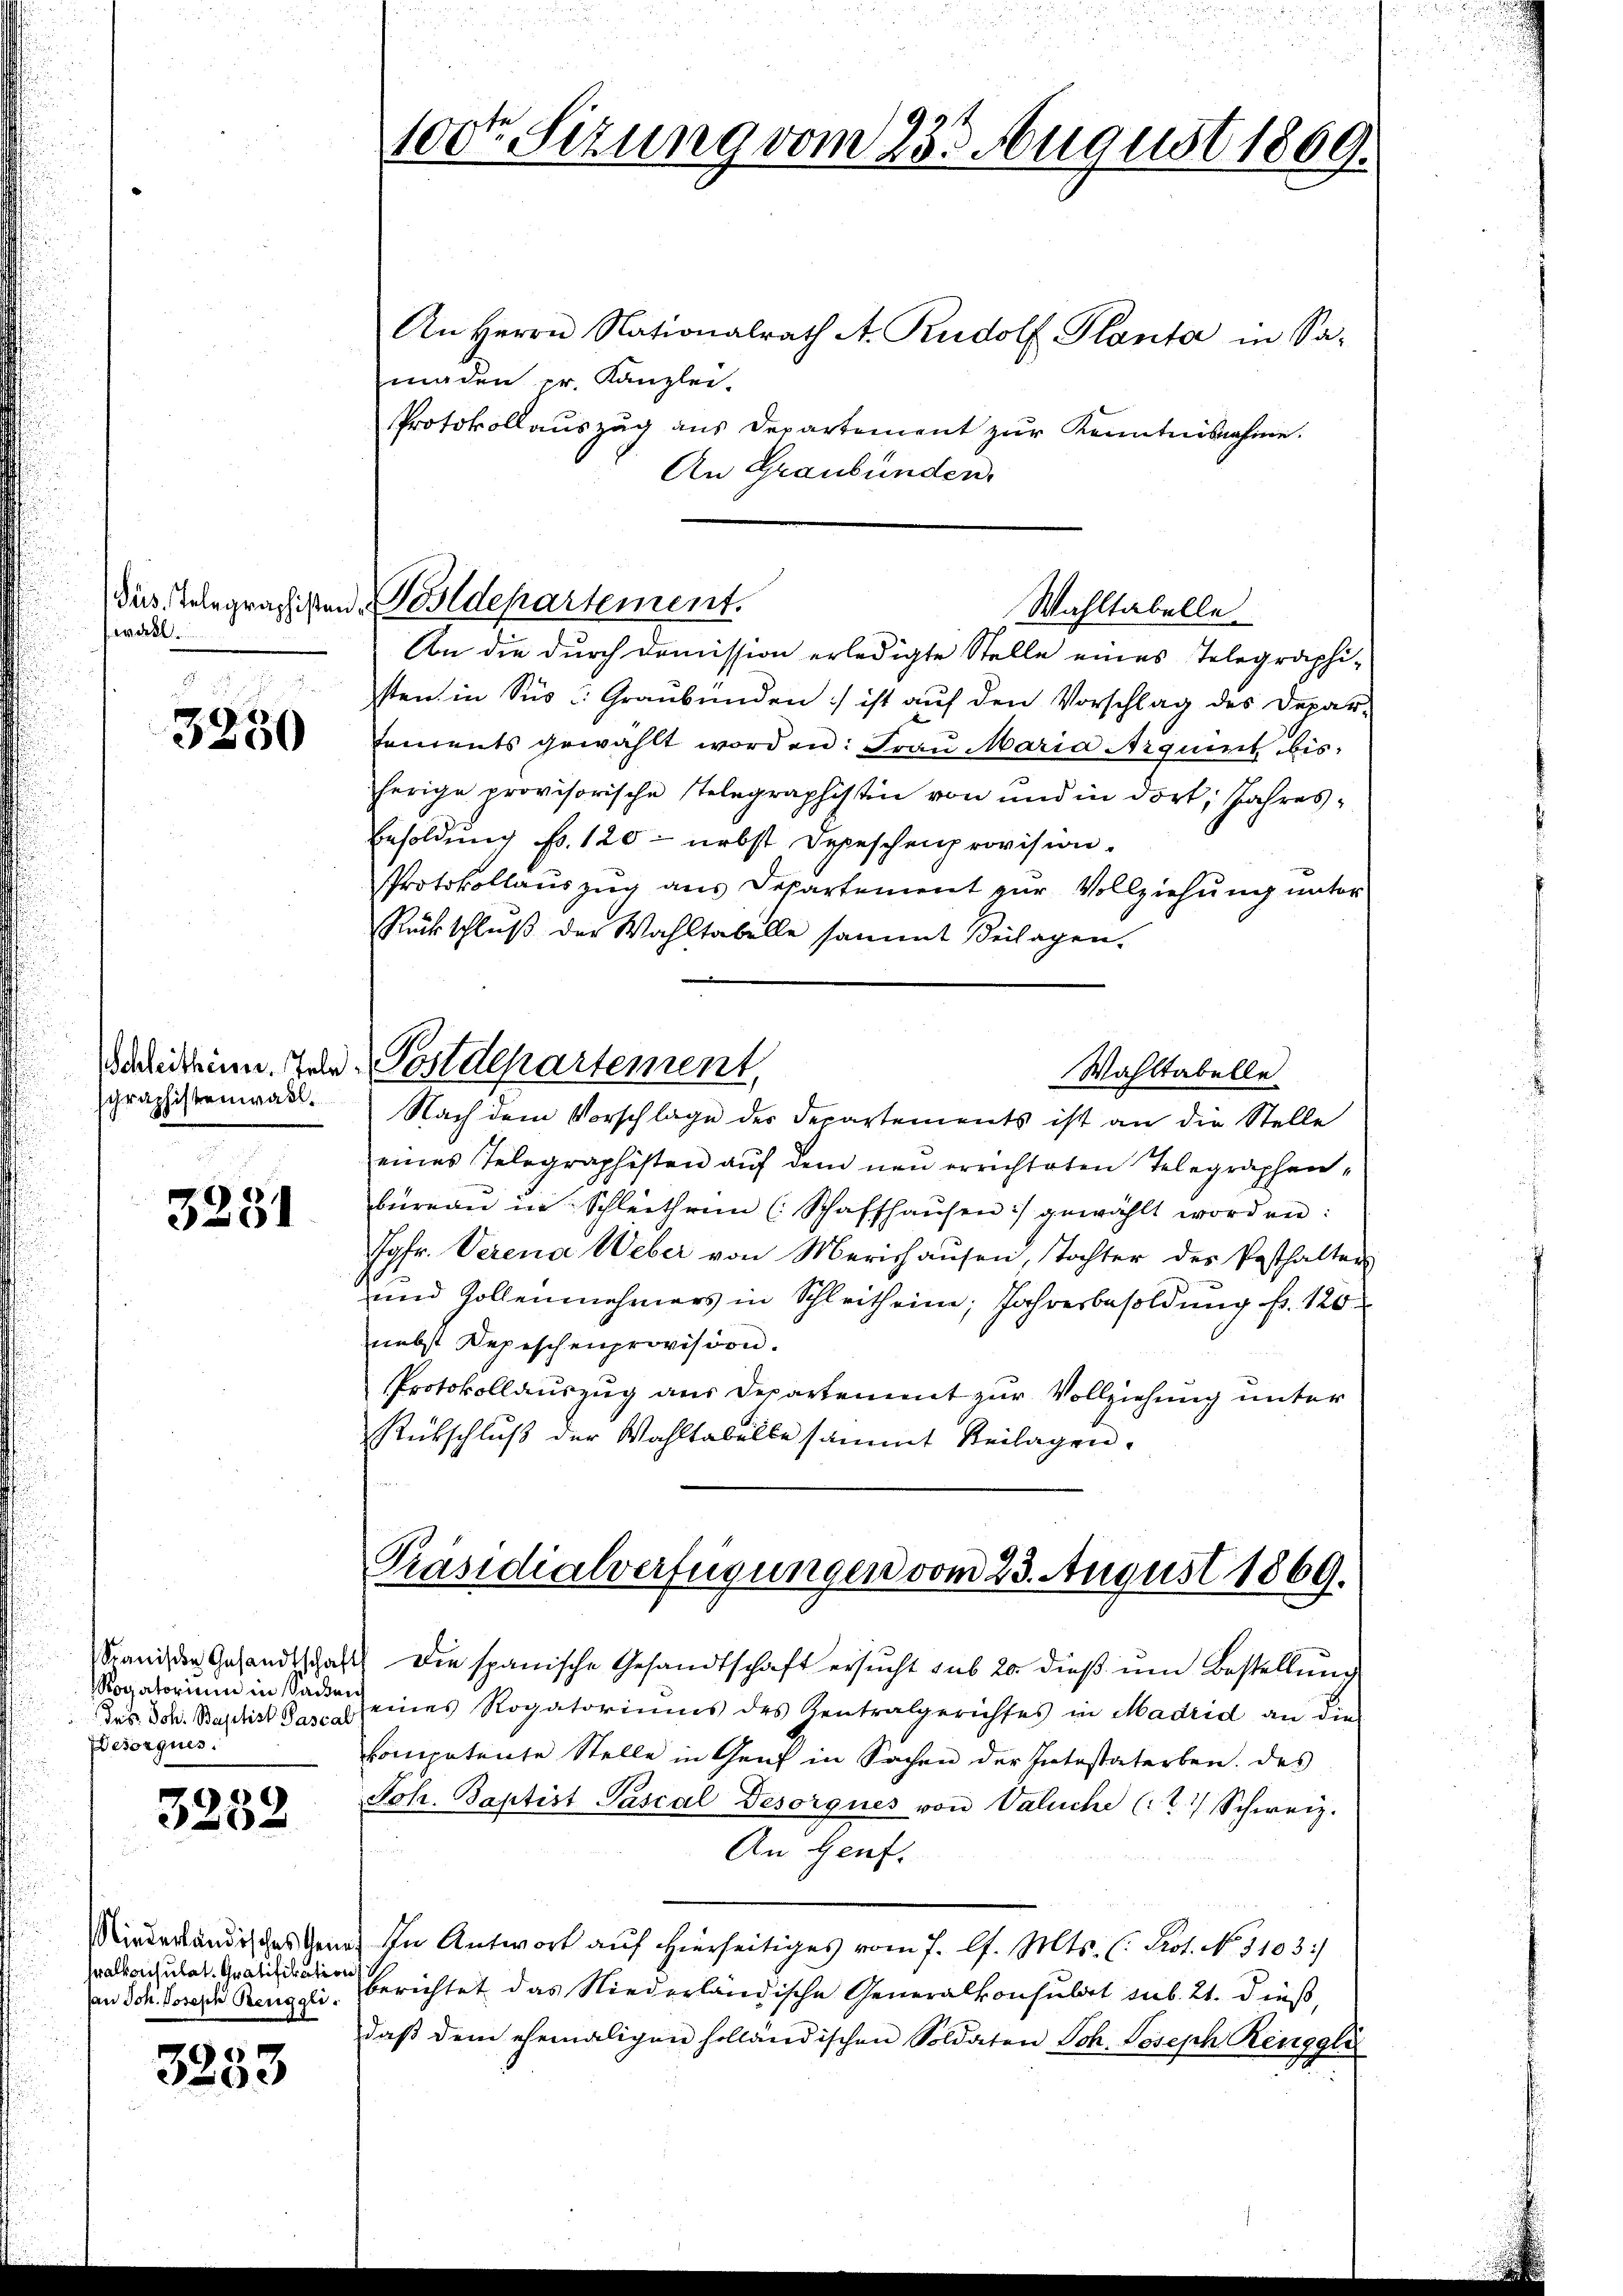
wall
2

7
3250

Schleitheise. Tele
schraphistenwahl.

3231

Rogatorium in Sachen
Besorgues.

3252

Walkonsulat, Gratifikation
Jan Joh. Joseph Renggli.

3253

100t Sizung vom 233. August 1869.

An Herrn Nationalrath A. Rudolf Planta in Sa-
maden pr. Kanzlei.
Protokollauszug aus Departement zur Kenntnisnahme.
An Graubünden.

dus Telegraphisten Bildepartement.
Wahltabelle

An die durch Comission erledigte Stelle eines Telegraphisten in Sus: Graubünden :/ ist auf den Vorschlag des Deparfaments gewählt worden: Frau Maria Arquint bisherige provisorische Telegraphistin von und in dort, Jahres¬
Besoldung fr. 120 - nebst Depeschenprovision
Protokollauszug aus Departement zur Vollziehung unter
Rückschluß der Wahltabelle sammt Beilagen.
Postdepartement,
Wahltabelle
Nach dem Vorschlage des Departements ist an die Stelle
eines Telegraphisten auf dem neu errichteten Telegraphenbüreau in Schleitheim (Schaffhaŭsen :/ gewählt worden:
Jgfr. Verena Weber von Merishausen, Tochter des Pesthalter
und Zollennehmers in Schleitheim; Jahresbesoldung fr. 120
nebst Depeschenprovision.
Protokollauszug aus Departement zur Vollziehung unter
Rückschluß der Wahltabelbe sammt Beilagen.

Präsidialverfügungen vom 23. August 1869.

Sande Gesandtschaft die spanische Gesandtschaft ersŭcht sub 20. dieβ ŭm Bestellŭng
des Joh. Baptist das eines Rogatoriums des Zentralgerichtes in Madrid an die
kompetente Stelle in Genf in Sachen der Intestaterben. Das
Joh. Baptist Pascal Besorgnes von Valuche (2.) Schweiz.
An Genf.
Minderländisches Ganz In Antwort auf hierseitiges vom 7. l. Mts. (: Prot. No. 1103)
berichtet das Niederländische Generalkonsulat sub. 21. dieß,
daβ dem ehemaligen holländischen Soldaten Joh. Joseph Renggli